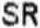
SR